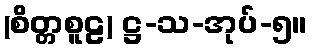
(စိတ္တစူဠ) ဋ္ဌ-သ-အုပ်-၅။